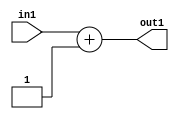
`timescale 1ps / 1ps
/*****************************************************************************
    Verilog RTL Description
    
    
    Created by: Stratus DpOpt 2019.1.01 
*******************************************************************************/

module SobelFilter_Add_2U_10_4 (
	in1,
	out1
	); /* architecture "behavioural" */ 
input [1:0] in1;
output [1:0] out1;
wire [1:0] asc001;

assign asc001 = 
	+(in1)
	+(2'B01);

assign out1 = asc001;
endmodule

/* CADENCE  urj5Qwg= : u9/ySgnWtBlWxVPRXgAZ4Og= ** DO NOT EDIT THIS LINE ******/